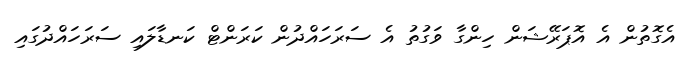
އެގޮތުން އެ އޮޕަރޭޝަން ހިންގާ ވަގުތު އެ ސަރަހައްދުން ކަރަންޓް ކަނޑާލައި ސަރަހައްދުގައި